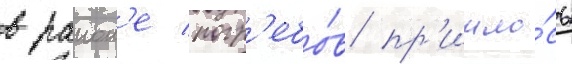
в раион'е погр'ебо́в пр'ишло́сь